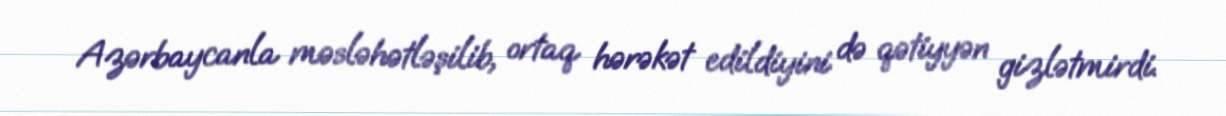
Azərbaycanla məsləhətləşilib, ortaq hərəkət edildiyini də qətiyyən gizlətmirdi.